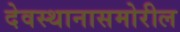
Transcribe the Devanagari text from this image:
देवस्थानासमोरील